Report on sanitation, dispensaries, and jails in Rajputana for 1919, and on vaccination for the year 1919-1920 - 1919-1920
Year: 1919
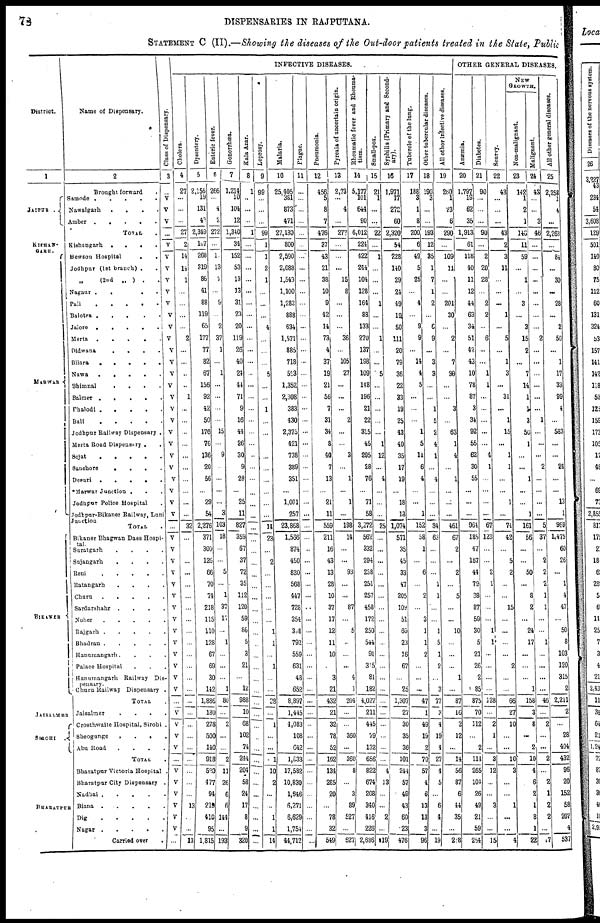
73
DISPENSARIES IN RAJPUTANA.
STATEMENT C (II).—Showing the diseases of the Out-door patients treated in the State, Public
District.
1
JAIPUR .
KISHAN¬
GARH.
MERWAR
BIKANER
JAISALMER
SIROHI .
BHARATPUR
Name of Dispensary.
2
Brought forward ..
Samode .
.
.
.
.
Nawalgarh
.
.
. .
Amber .
.
.
.
.
TOTAL .
Kishangarh .
.
. .
Bewson Hospital
.
.
Jodhpur (1st branch) . .
„
(2nd .. ) . .
Nagaur
.
. . .
Pali . . . . .
Balotra
. . . . .
Jalore .
.
.
.
.
Merta
. . . . .
Didwana
.
.
. .
Bilara
.
.
.
.
.
Nawa .
.
.
.
.
Bhimnal
.
.
.
.
Balmer .
.
.
.
.
Phalodi .
.
.
.
.
Bali
.
.
.
.
.
Jodhpur Railway Dispensary .
Merta Road Dispensary . .
Sojat
. . . . .
Sanchore
.
.
.
.
Desuri
.
.
. . .
*Marwar Junction .
. .
Jodhpur Police Hospital .
Jodhpur-Bikaner Railway, Luni
Junction
TOTAL .
Bikaner Bhagwan Dass Hospi¬
tal.
Suratgarh
.
.
.
.
Sujangarh
.
.
.
.
Reni
.
.
.
.
.
Ratangarh
.
.
.
.
Churu
.
.
.
.
.
Sardarshahr .
.
.
.
Noher
.
.
.
.
.
Rajgarh .
.
.
.
.
Bhadran . . . . .
Hanumangarh .
.
.
.
Palace Hospital . . .
Hanumangarh Railway Dis¬
pensary.
Churu Railway Dispensary .
TOTAL .
Jaisalmer
.
.
.
.
Crosthwaite Hospital, Sirohi .
Sheogunge
.
.
.
.
Abu Road
.
.
.
.
TOTAL .
Bharatpur Victoria Hospital .
Bharatpur City Dispensary .
Nadbai . . . .
.
Biana .
. . . .
Dig
.
.
.
.
.
Nagar .
.
.
.
.
Carried over
.
Class of Dispensary.
3
...
V
V
V
...
V
V
V
V
V
V
V
V
V
V
V
V
V
V
V
V
V
V
V
V
V
V
V
V
...
V
V
V
V
V
V
V
V
V
V
V
V
V
V
...
V
V
V
V
...
V
V
V
V
V
V
. . .
INFECTIVE DISEASES.
Cholera.
4
27
...
...
...
27
2
14
14
1
...
...
...
...
2
...
...
...
...
1
...
...
...
...
...
...
...
...
...
...
32
...
...
...
...
...
...
...
...
...
...
...
...
...
...
...
...
...
...
...
...
...
...
...
13
...
...
13
Dysentery.
5
2,156
19
131
43
2,349
107
268
319
86
41
88
119
65
177
77
82
67
156
92
42
50
176
76
136
20
56
...
29
54
2,276
371
300
126
66
70
74
218
115
110
128
67
69
30
142
1,886
180
278
500
140
918
520
477
94
219
410
95
1,815
Enteric fever.
6
266
...
4
2
272
...
1
13
2
...
9
...
2
37
1
...
1
...
...
...
...
15
...
9
...
...
...
...
3
103
18
...
...
5
...
1
37
17
...
1
...
...
...
1
80
...
2
...
...
2
11
26
6
6
144
...
193
Gonorrhœa.
7
1,214
10
104
12
1,340
34
152
53
13
13
31
23
20
119
26
40
24
44
71
9
16
44
26
30
9
28
...
25
11
827
359
67
37
72
35
112
120
59
86
5
3
21
...
12
988
10
68
102
74
244
204
58
24
17
8
9
320
Kala Azar.
8
1
...
...
...
1
...
...
...
...
...
...
...
...
...
...
...
...
...
...
...
...
...
...
...
...
...
...
...
...
...
...
...
...
...
...
...
...
...
...
...
...
...
...
...
...
...
...
...
...
...
...
...
...
...
...
...
...
Leprosy.
9
99
...
...
...
99
1
1
2
1
...
...
...
4
...
...
...
5
...
...
1
...
...
...
...
...
...
...
...
...
14
23
...
2
...
...
...
...
...
1
1
...
1
...
...
28
...
1
...
...
1
10
2
...
...
1
1
14
Malaria.
10
25,405
381
873
471
27,130
800
2,590
2,088
1,543
1,100
1,283
888
634
1,571
885
718
563
1,352
2,308
383
430
2,375
421
738
389
351
...
1,001
257
23,868
1,566
874
450
830
568
447
728
354
398
792
559
631
48
652
8,897
1,445
1,083
108
642
1,833
17,582
10,830
1,646
6,271
6,629
1,754
44,712
Plague.
11
...
...
...
...
...
...
...
...
...
...
...
...
...
...
...
...
...
...
...
...
...
...
...
...
...
...
...
...
...
...
...
...
...
...
...
...
...
...
...
...
...
...
...
...
...
...
...
...
...
...
...
...
...
...
...
...
...
Pneumonia.
12
456
5
8
7
476
37
43
21
38
10
9
42
14
73
4
37
19
21
56
7
31
34
8
40
7
13
...
21
11
559
211
16
43
13
28
10
37
17
12
11
10
...
3
21
432
21
32
78
52
162
134
285
20
...
78
32
549
Pyrexia of uncertain origin.
13
2,73
...
4
...
277
...
...
...
15
8
...
...
...
36
...
105
27
...
...
...
2
...
...
3
...
1
...
1
...
198
14
...
...
93
...
...
87
...
5
...
...
...
4
1
204
...
...
360
...
360
8
...
3
89
527
...
627
Rheumatic fever and Rheuma-
tism.
14
5,177
101
644
90
6,012
224
422
244
104
128
164
88
133
270
137
198
109
148
196
21
22
315
45
295
28
76
...
71
58
3,272
562
332
294
238
251
257
458
172
250
544
91
315
81
182
4,027
211
445
79
132
656
822
674
208
340
416
226
2,686
Small-pox.
15
21
1
...
...
22
...
1
...
...
...
1
...
...
1
...
...
5
...
...
...
...
...
1
12
...
4
...
...
...
25
...
...
...
...
...
...
...
...
...
...
...
...
...
...
...
...
...
...
...
...
4
13
...
...
2
...
19
Syphilis (Primary and Second-
ary).
16
1,971
17
272
60
2,320
54
228
140
29
21
49
19
50
111
20
79
36
22
33
19
25
43
40
35
17
19
...
18
18
1,074
571
35
45
33
47
205
108
51
60
23
16
67
...
25
1,307
27
30
35
36
101
244
57
49
43
60
23
476
Tubercle of the lung.
17
188
3
1
8
200
6
49
5
25
...
4
...
9
9
...
14
4
5
...
...
...
1
5
11
6
4
...
...
1
152
58
1
...
6
...
2
...
3
1
1
2
...
...
...
47
1
49
19
2
70
57
4
6
13
13
3
96
Other tubercular diseases.
18
190
3
...
193
12
35
1
7
1
2
...
6
9
...
3
3
...
...
1
5
2
4
1
...
4
...
...
...
84
63
...
...
...
1
1
...
...
1
5
1
2
...
3
77
3
4
19
4
27
4
5
...
6
4
...
19
All other Infective diseases.
19
260
1
23
6
290
...
109
11
...
...
201
30
...
2
...
7
29
...
...
3
...
63
1
4
...
1
...
...
...
461
67
2
...
2
...
5
...
...
10
...
...
...
1
...
87
16
2
12
...
14
56
87
6
44
35
...
228
OTHER GENERAL DISEASES.
Anæmia.
20
1,797
19
62
35
1,913
61
118
40
11
12
44
63
34
51
42
43
10
78
87
3
31
92
55
62
30
55
...
...
...
964
185
47
167
44
79
38
87
59
30
5
21
26
2
85
875
70
112
...
2
114
265
104
26
49
21
59
254
Diabetes.
21
90
...
...
...
90
...
2
20
28
...
2
2
...
6
...
...
1
1
...
...
...
...
...
4
11
...
...
...
...
67
123
...
...
2
1
...
...
...
1
1
...
...
...
...
128
...
2
1
...
3
12
...
...
3
...
...
15
Scurvy.
22
43
...
...
...
43
2
3
11
...
...
...
1
...
5
...
1
3
...
31
...
1
15
...
1
1
...
...
1
...
74
42
...
5
2
...
...
15
...
...
...
...
2
...
...
66
27
10
...
...
10
3
...
...
1
...
...
4
NEW
GROWTH.
Non-malignant.
23
142
1
2
1
146
11
59
...
1
...
3
...
3
15
2
...
7
14
1
1
3
50
1
...
...
1
...
...
1
161
56
...
...
50
...
8
2
...
24
17
...
...
...
1
158
3
8
...
2
10
4
6
2
1
8
1
22
Malignant.
24
43
...
...
3
46
...
...
...
...
...
...
...
...
2
...
...
...
...
...
...
1
...
...
...
2
...
...
...
...
5
37
...
2
2
2
1
1
...
...
1
...
...
...
...
46
...
2
...
...
2
...
2
1
2
2
...
7
All other general di s eas es .
25
2,258
1
4
...
2,263
...
84
...
30
...
28
...
2
50
...
1
17
33
99
4
...
583
...
...
24
...
...
13
1
969
1,475
60
26
...
1
4
47
...
50
8
103
120
315
2
2,211
2
...
28
404
432
96
20
152
58
207
4
537